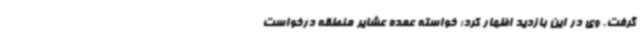
گرفت. وی در این بازدید اظهار کرد: خواسته عمده عشایر منطقه درخواست